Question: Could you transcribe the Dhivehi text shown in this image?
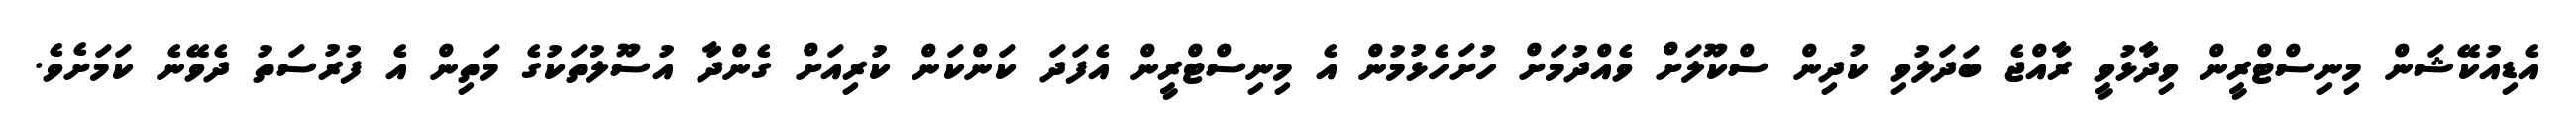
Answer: އެޑިއުކޭޝަން މިނިސްޓްރީން ވިދާޅުވީ ރާއްޖެ ބަދަލުވި ކުދިން ސްކޫލަށް ވެއްދުމަށް ހުށަހެޅުމުން އެ މިނިސްޓްރީން އެފަދަ ކަންކަން ކުރިއަށް ގެންދާ އުސޫލުތަކުގެ މަތިން އެ ފުރުސަތު ދެވޭނެ ކަމަށެވެ.